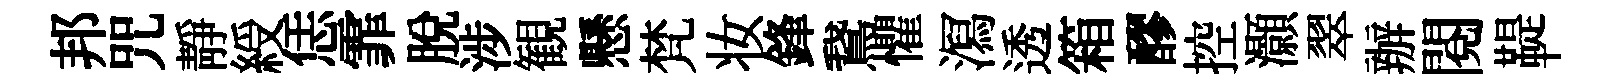
邦咒靜綬恁霏脫涉観懸梵妆鋒鵞懼㵼透箱醪控灝翠辦閲鞮